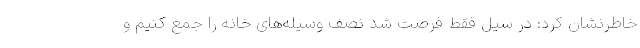
خاطرنشان کرد: در سیل فقط فرصت شد نصف وسیله‌های خانه را جمع کنیم و